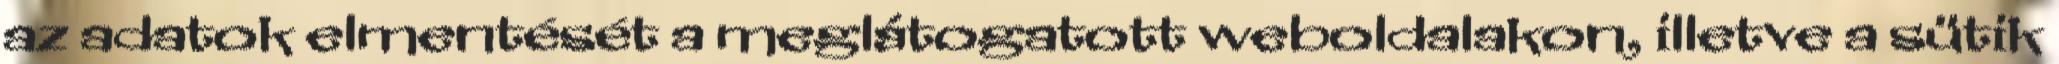
az adatok elmentését a meglátogatott weboldalakon, illetve a sütik